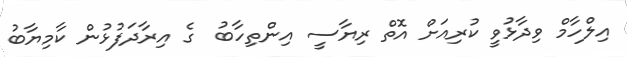
އިލްހާމް ވިދާޅުވީ ކުރިއަށް އޮތް ރިޔާސީ އިންތިހާބު  ގެ އިރާދަފުޅުން ކާމިޔާބު